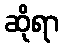
ဆိုရာ